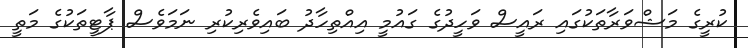
ކުރީގެ މަޝްވަރާތަކުގައި ރައީސް ވަހީދުގެ ގައުމީ އިއްތިހާދު ބައިވެރިކުރި ނަމަވެސް ޕާޓީތަކުގެ މަތީ